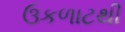
ઉકળાટથી